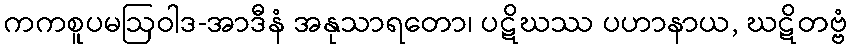
ကကစူပမဩဝါဒ-အာဒီနံ အနုသာရတော၊ ပဋိဃဿ ပဟာနာယ, ဃဋိတဗ္ဗံ